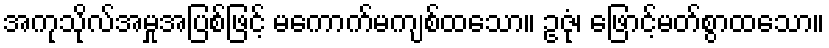
အကုသိုလ်အမှုအပြစ်ဖြင့် မကောက်မကျစ်ထသော။ ဥဇုံ၊ ဖြောင့်မတ်စွာထသော။